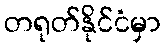
တရုတ်နိုင်ငံမှာ